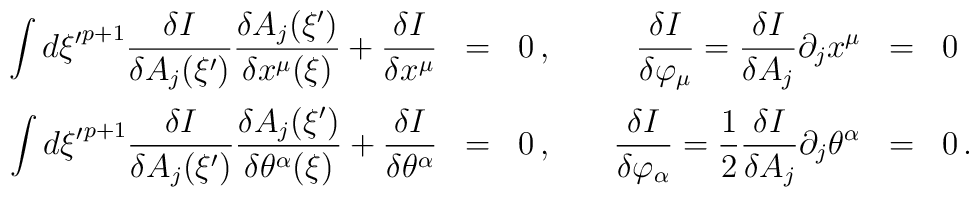
\begin{array}{rclcrcll}\displaystyle\int d\xi{'}^{p+1}\frac{\delta I}{\delta A_j(\xi{'})}\frac{\delta A_j(\xi{'})}{\delta x^\mu(\xi)}+\frac{\delta I}{\delta x^\mu} & = & 0\, , & \; &\displaystyle\frac{\delta I}{\delta\varphi_\mu} =\frac{\delta I}{\delta A_j}\partial_j x^\mu & = & 0\\[2.6ex]\displaystyle\int d\xi{'}^{p+1}\frac{\delta I}{\delta A_j(\xi{'})}\frac{\delta A_j(\xi{'})}{\delta \theta^\alpha(\xi)}+\frac{\delta I}{\delta \theta^\alpha} &= & 0\, , & \;  &\displaystyle   \frac{\delta I}{\delta\varphi_\alpha}=     \frac{1}{2} \frac{\delta I}{\delta A_j}\partial_j\theta^\alpha & = & 0 \, .  \end{array}